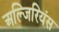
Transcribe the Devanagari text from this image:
अल्जिरियंस